65_HS1-834228961_62-HQ-83894_Section_8
Agency: FBI
Page 201
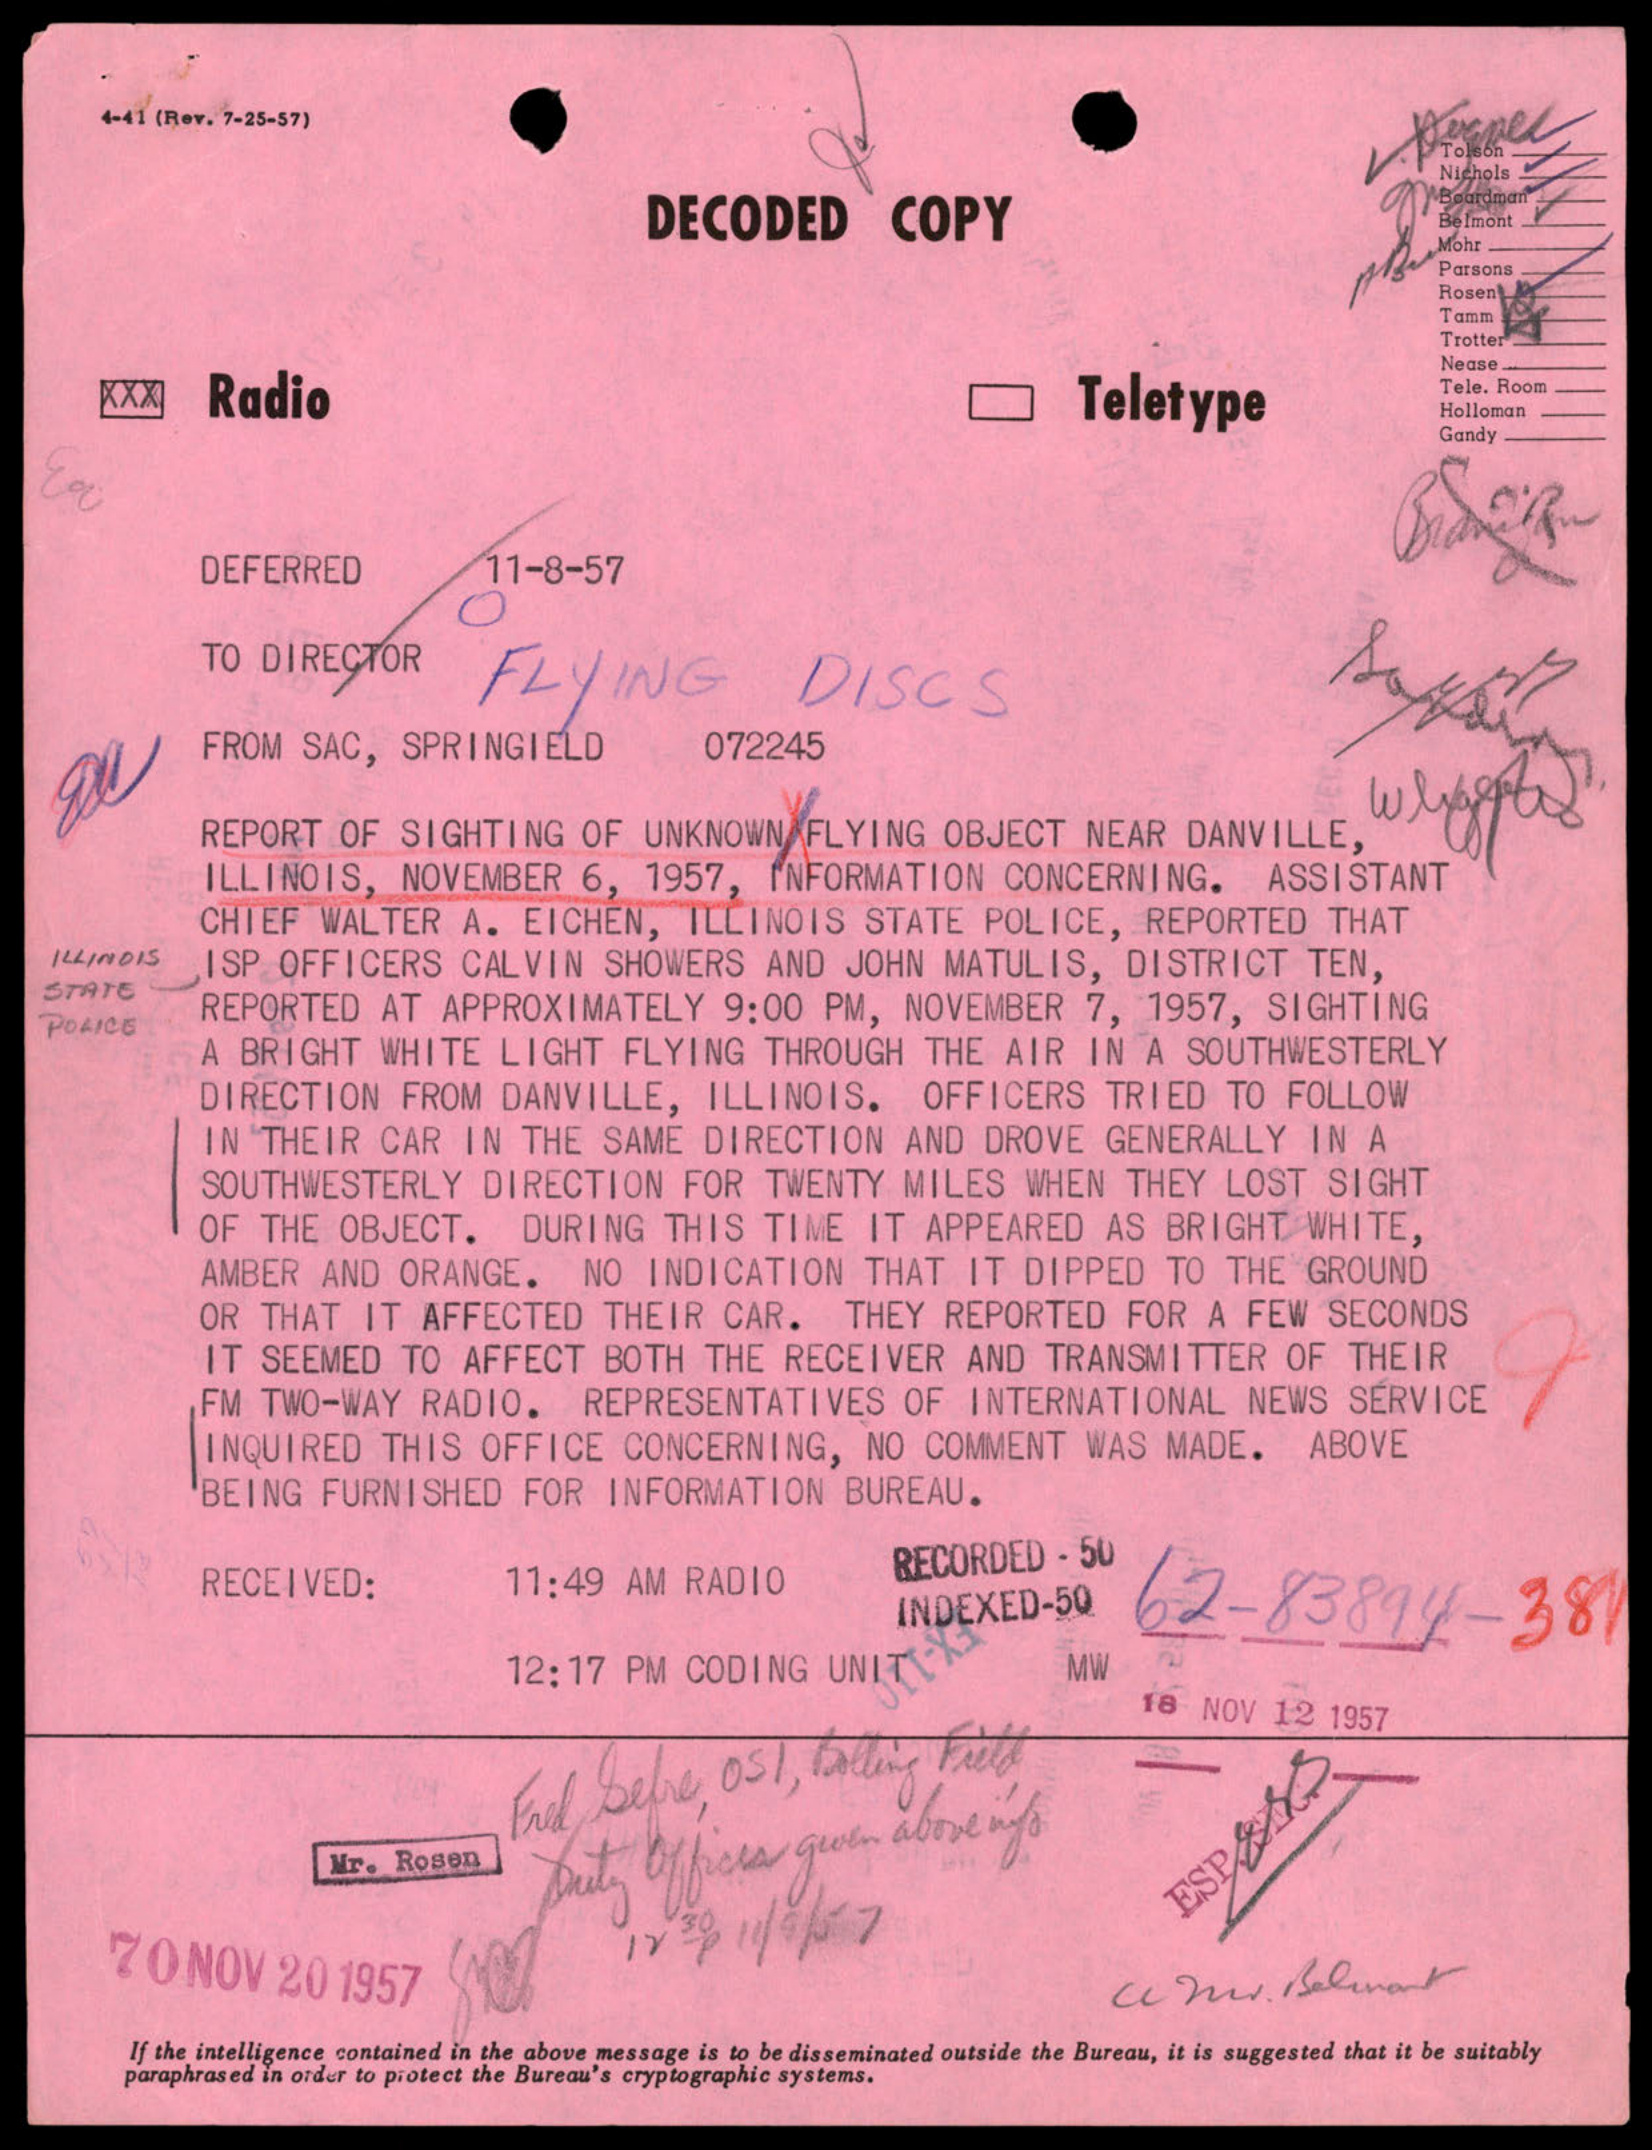